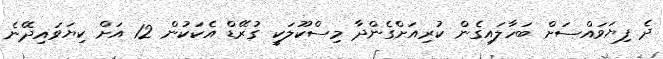
ދެ ފިޔަވައްސަށް ބަހާލައިގެން ކުރިއަށްގެންދާ މިސްކޫލަކީ ގުރޭޑް އެކަކުން 12 އަށް ކިޔަވައިދޭނެ